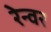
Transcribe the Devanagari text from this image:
रेन्वर